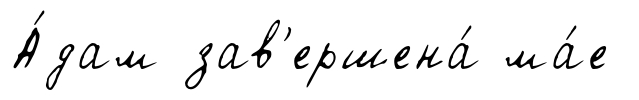
А́дам зав'ершена́ ма́е